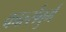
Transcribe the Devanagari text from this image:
कार्ल्सबुर्ग